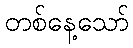
တစ်နေ့သော်